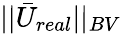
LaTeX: ||\bar{U}_{real}||_{BV}